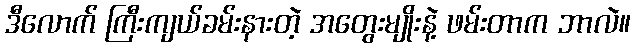
ဒီလောက် ကြီးကျယ်ခမ်းနားတဲ့ အတွေးမျိုးနဲ့ ဖမ်းတာက ဘာလဲ။